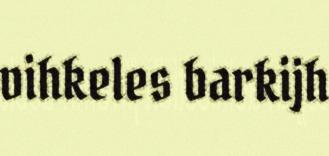
vihkeles barkijh